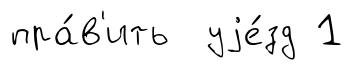
пра́в'ить уjе́зд 1